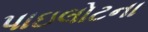
પાઇલોટના